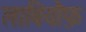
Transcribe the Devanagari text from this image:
लाबियौफ़